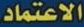
الاعتماد.